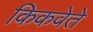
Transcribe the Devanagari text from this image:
किकवेते